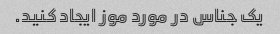
یک جناس در مورد موز ایجاد کنید.